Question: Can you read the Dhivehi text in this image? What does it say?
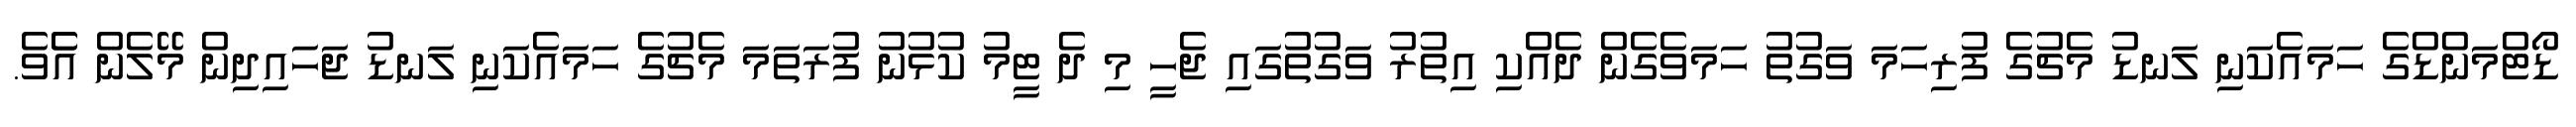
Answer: ޑޯޓްމަންޑްގެ ހަމައެކަނި ލަނޑު މެޗުގެ ފުރިހަމަ ވަގުތު ހަމަވެގެން ދެއްކި އިތުރު ވަގުތުގައި ޖެހީ މި ދެ ޓީމު ކުޅުނު ފުރަތަމަ މެޗުގެ ހަމައެކަނި ލަނޑު ޖަހައިދިން މޭލެން އެެވެ.